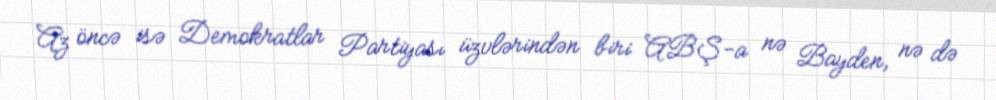
Az öncə isə Demokratlar Partiyası üzvlərindən biri ABŞ-a nə Bayden, nə də